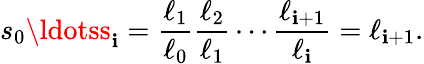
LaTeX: s_{0}\ldotss_{\mathbf{i}}={\frac{{\ell_{1}}}{{\ell_{0}}}}{\frac{{\ell_{2}}}{{\ell_{1}}}}\cdots{\frac{{\ell_{\mathbf{i}+1}}}{{\ell_{\mathbf{i}}}}}=\ell_{\mathbf{i}+1}.